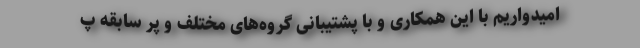
امیدواریم با این همکاری و با پشتیبانی گروه‌های مختلف و پر سابقه پ